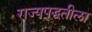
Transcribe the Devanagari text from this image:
राज्यपद्धतीला